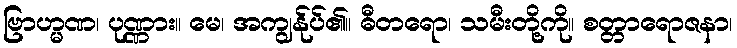
ဗြာဟ္မဏ၊ ပုဏ္ဏား။ မေ၊ အကျွန်ုပ်၏။ ဓီတရော၊ သမီးတို့ကို။ စတ္တာရောဇနာ၊